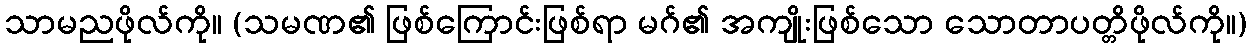
သာမညဖိုလ်ကို။ (သမဏ၏ ဖြစ်ကြောင်းဖြစ်ရာ မဂ်၏ အကျိုးဖြစ်သော သောတာပတ္တိဖိုလ်ကို။)